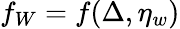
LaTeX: f_{W}=f(\Delta,\eta_{w})